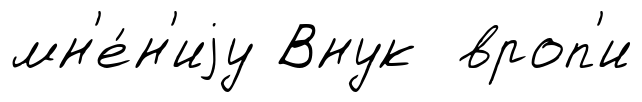
мн'е́н'иjу Внук вроп'и